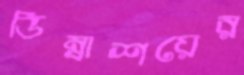
ডিম্বাশয়ের